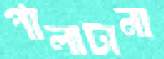
পালাটানা